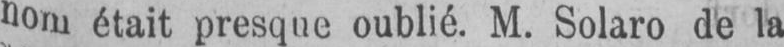
nom était presque oublié. M. Solaro de la